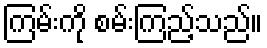
ကြမ်းကို စမ်းကြည့်သည်။